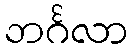
ဘင်္ဂလာ